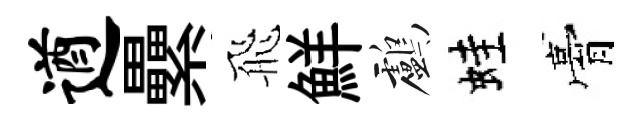
遒纍飛鮮鸕蛙膏